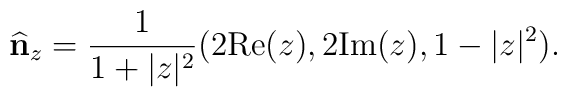
\widehat{\bf n}_z=\frac{1}{1+\vert  z\vert^2}(2{\rm Re}(z), 2{\rm Im}(z),1-\vert z\vert^2).